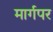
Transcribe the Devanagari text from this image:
मार्गपर